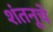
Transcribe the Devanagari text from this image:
शंतनूचे